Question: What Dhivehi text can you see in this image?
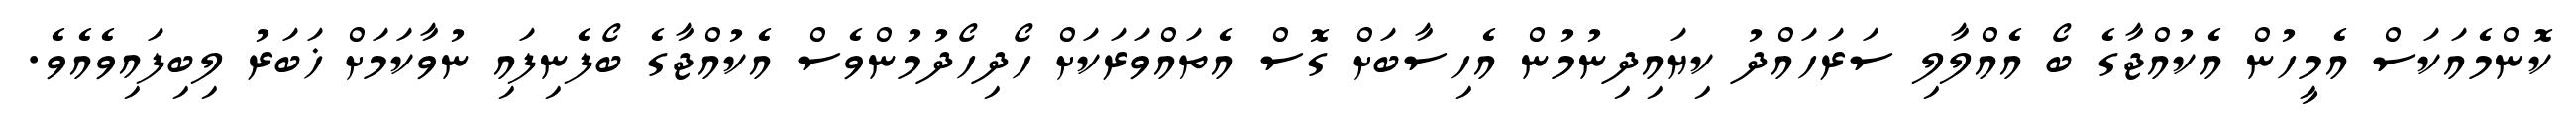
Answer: ކޮންމެއަކަސް އެމީހުން އެކުއްޖާގެ ބޯ އެއްލާލި ސަރަހައްދު ކިޔައިދިނުމުން އެހިސާބަށް ގޮސް އެތައްވަރަކަށް ހޯދިހޯދުމުންވެސް އެކުއްޖާގެ ބޯފެނިފައި ނުވާކަމަށް ޚަބަރު ލިބިފައިވެއެވެ.